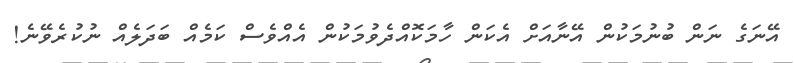
އޭނަގެ ނަން ބުނުމަކުން އޭނާއަށް އެކަން ހާމަކޮއްދެވުމަކުން އެއްވެސް ކަމެއް ބަދަލެއް ނުކުރެވޭނެ!